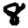
Digit: 8